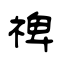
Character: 禆